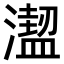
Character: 𣿣